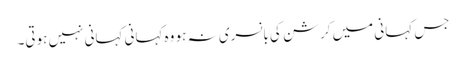
جس کہانی میں کرشن کی بانسری نہ ہو وہ کہانی کہانی نہیں ہوتی۔